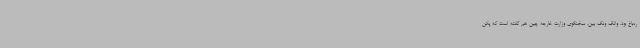
ره‌باغ بود. وانگ ونگ بین، سخنگوی وزارت خارجه چین هم گفته است که پکن